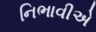
નિભાવીએ